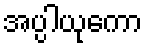
အပ္ပါယုကော